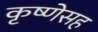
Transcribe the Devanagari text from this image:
कृष्णेसह